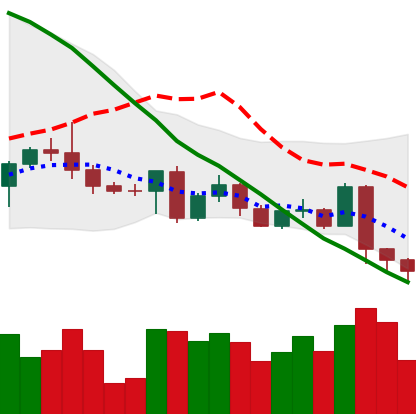
Ticker: BTC-USD
Chart end date: 2022-05-07
Forward return: -18.18%
Label: down_7plus